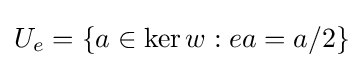
U_{e}=\{a\in \ker w:ea=a/2\}